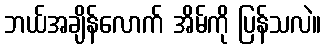
ဘယ်အချိန်လောက် အိမ်ကို ပြန်သလဲ။